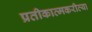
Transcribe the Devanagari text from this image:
प्रतीकात्मकरीत्या